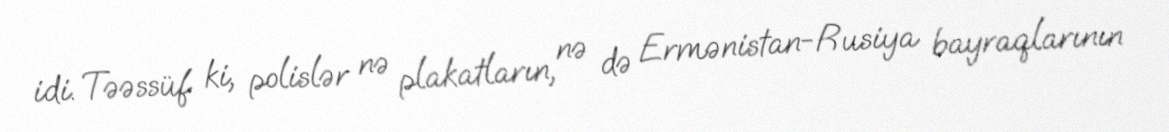
idi. Təəssüf ki, polislər nə plakatların, nə də Ermənistan-Rusiya bayraqlarının